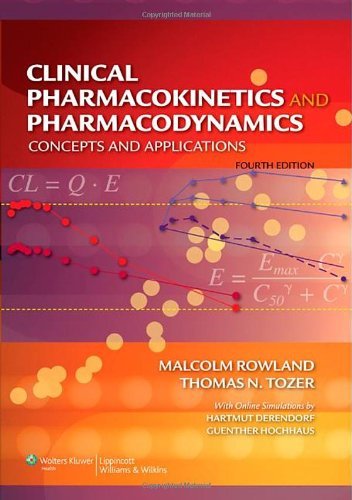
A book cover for Malcolm Rowland,Thomas N Tozer'sClinical Pharmacokinetics and Pharmacodynamics: Concepts and Applications [Hardcover](2010); M.,  (Author),Tozer, N., T.,  (Author) Rowland; Medical Books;